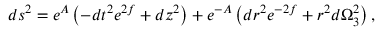
d s ^ { 2 } = e ^ { A } \left( - d t ^ { 2 } e ^ { 2 f } + d z ^ { 2 } \right) + e ^ { - A } \left( d r ^ { 2 } e ^ { - 2 f } + r ^ { 2 } d \Omega _ { 3 } ^ { 2 } \right) ,